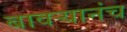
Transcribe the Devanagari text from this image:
बावऱ्यानंच